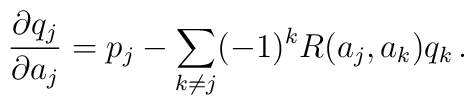
{\partial q_j\over \partial a_j} = p_j - \sum_{k\neq j} (-1)^kR(a_j,a_k) q_k \, .